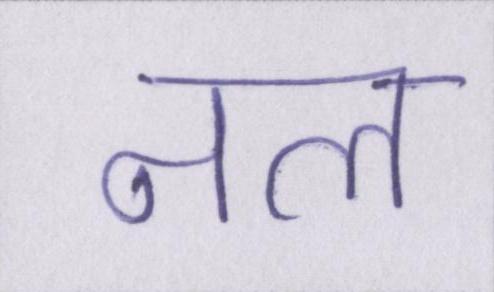
नल